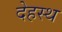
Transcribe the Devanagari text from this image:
देहस्थ